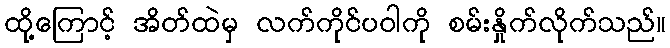
ထို့ကြောင့် အိတ်ထဲမှ လက်ကိုင်ပဝါကို စမ်းနှိုက်လိုက်သည်။